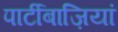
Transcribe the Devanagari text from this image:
पार्टीबाज़ियां